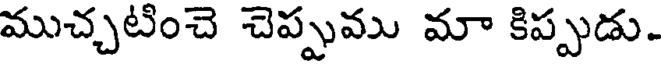
ముచ్చటించె చెప్పుము మా కిప్పుడు.